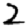
Digit: 2